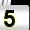
Digit: 5